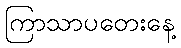
ကြာသာပတေးနေ့